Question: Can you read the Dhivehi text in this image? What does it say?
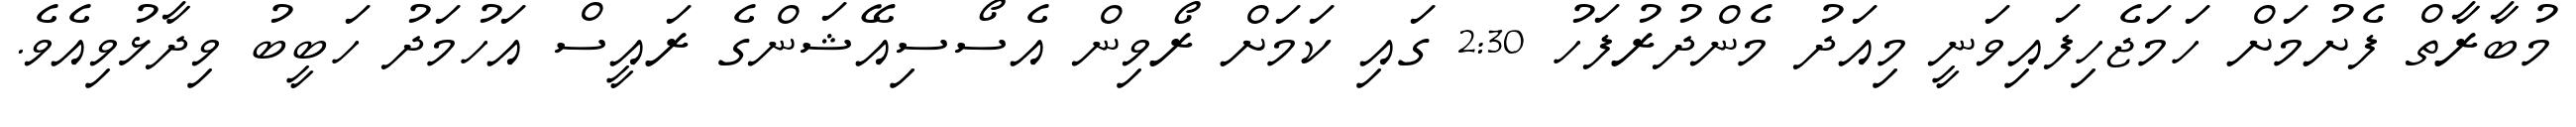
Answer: މުބާރާތް ފެށުމަށް ހަމަޖެހިފައިވަނީ މިއަދު މެންދުރުފަހު 2:30 ގައި ކަމަށް ރޯވިން އެސޯސިއޭޝަންގެ ރައީސް އަހުމަދު ހަބީބު ވިދާޅުވިއެވެ.